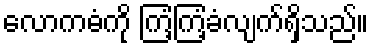
လောကဓံကို ကြံ့ကြံ့ခံလျက်ရှိသည်။